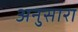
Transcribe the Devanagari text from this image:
अनुसारा